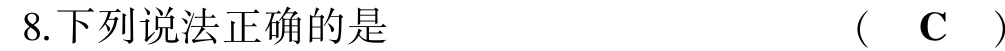
8.下列说法正确的是  (  C  )